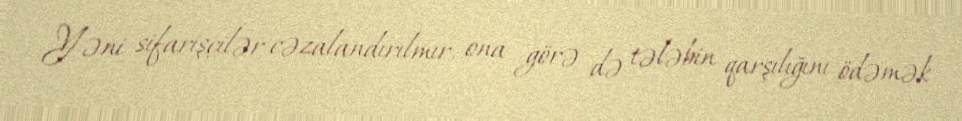
Yəni sifarişçilər cəzalandırılmır, ona görə də tələbin qarşılığını ödəmək